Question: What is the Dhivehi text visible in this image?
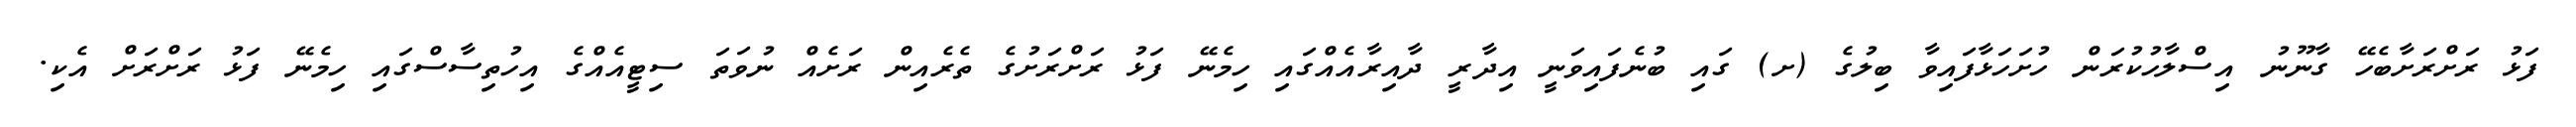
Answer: ފަޅު ރަށްރަށާބެހޭ ގާނޫނު އިސްލާހުކުރަން ހުށަހަޅާފައިވާ ބިލުގެ (ށ) ގައި ބުނެފައިވަނީ އިދާރީ ދާއިރާއެއްގައި ހިމެނޭ ފަޅު ރަށްރަށުގެ ތެރެއިން ރަށެއް ނުވަތަ ސިޓީއެއްގެ އިހުތިސާސްގައި ހިމެނޭ ފަޅު ރަށްރަށް އެކި.